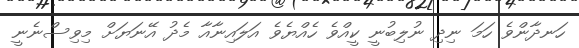
ހަނދާންވެ ހަމަ ނިދި ނުލިބުނީ ކީއްވެ ހެއްޔެވެ އަލައިނާއާ މެދު އޭނަޔަށް މިވިސްނެނީ